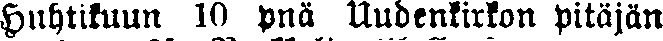
Huhtikuun 10 pnä Uudenkirkon pitäjän